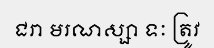
ជរា មរណស្សា ទៈ ត្រូវ